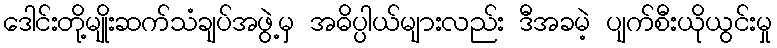
ဒေါင်းတို့မျိုးဆက်သံချပ်အဖွဲ့မှ အဓိပ္ပါယ်များလည်း ဒီအခမဲ့ ပျက်စီးယိုယွင်းမှု